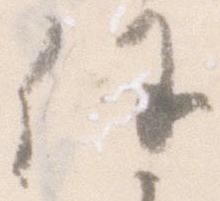
任